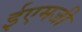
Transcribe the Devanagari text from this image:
ईएमजी